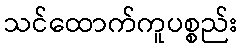
သင်ထောက်ကူပစ္စည်း